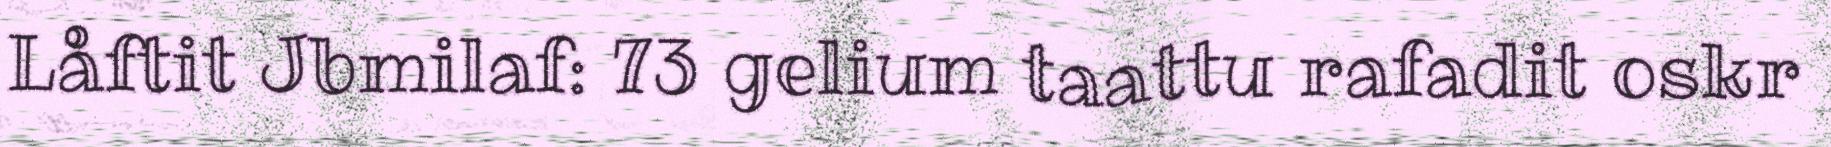
Låftit Jbmilaf: 73 gelium taattu rafadit oskr